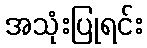
အသုံးပြုရင်း